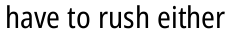
have to rush either